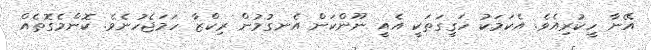
އޭނާ ހީކުރިއެވެ. އެކަމަކު ހަގީގަތަކީ އެއީ ނޫންކަން އެނގުމުން ރިކްޒާ ހަމަޖެހުނެވެ. ކޮންމެގޮތެއް